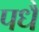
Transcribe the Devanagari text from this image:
पधै